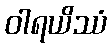
ဝါရယိဿံ